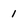
Character: i